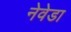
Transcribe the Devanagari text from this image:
नेवेडा